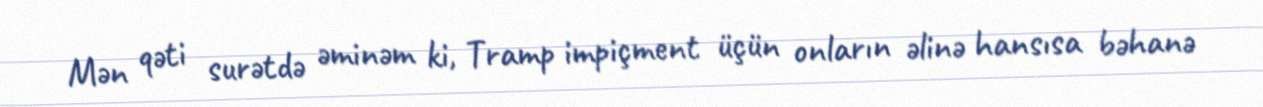
Mən qəti surətdə əminəm ki, Tramp impiçment üçün onların əlinə hansısa bəhanə